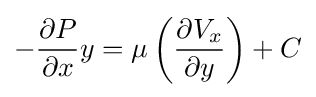
-{\frac {\partial P}{\partial x}}y=\mu \left({\frac {\partial V_{x}}{\partial y}}\right)+C